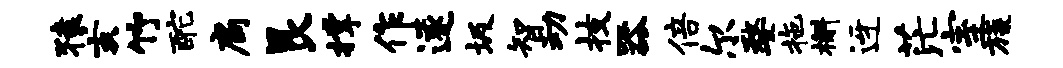
猿亥竹酡扃艮撑作遂圾智动技器倍尔婺拖槲迓茫室旒